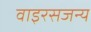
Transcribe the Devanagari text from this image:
वाइरसजन्य